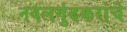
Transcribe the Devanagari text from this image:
नवलगुंदकरांचे